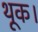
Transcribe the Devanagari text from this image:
थूक।